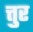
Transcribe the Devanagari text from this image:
त्तुर